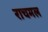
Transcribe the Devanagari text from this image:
राचमल